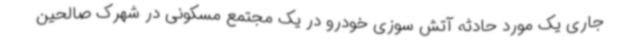
جاری یک مورد حادثه آتش سوزی خودرو در یک مجتمع مسکونی در شهرک صالحین